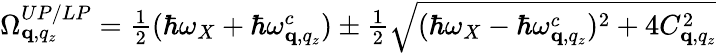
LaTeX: \begin{array}{r}{\Omega_{\mathbf q,q_{z}}^{UP/LP}=\frac{1}{2}(\hbar\omega_{X}+\hbar\omega_{\mathbf q,q_{z}}^{c})\pm\frac{1}{2}\sqrt{(\hbar\omega_{X}-\hbar\omega_{\mathbf q,q_{z}}^{c})^{2}+4C_{\mathbf q,q_{z}}^{2}}}\end{array}